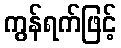
ကွန်ရက်ဖြင့်